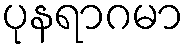
ပုနရာဂမာ